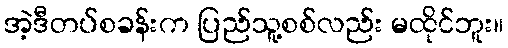
အဲ့ဒီတပ်စခန်းက ပြည်သူ့စစ်လည်း မထိုင်ဘူး။